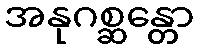
အနုဂစ္ဆန္တော